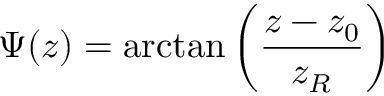
\Psi ( z ) = \arctan \left( \frac { z - z _ { 0 } } { z _ { R } } \right)